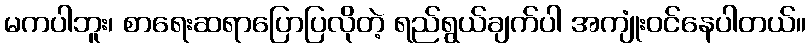
မကပါဘူး၊ စာရေးဆရာပြောပြလိုတဲ့ ရည်ရွယ်ချက်ပါ အကျုံးဝင်နေပါတယ်။